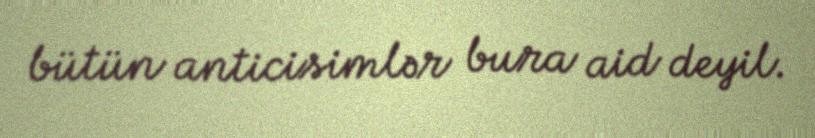
bütün anticisimlər bura aid deyil.